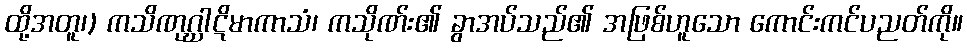
ထို့အတူ၊) ကသိဏုဂ္ဃါဋိမာကာသံ၊ ကသိုဏ်း၏ ခွာအပ်သည်၏ အဖြစ်ဟူသော ကောင်းကင်ပညတ်ကို။